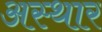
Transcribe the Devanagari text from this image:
अस्थार